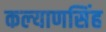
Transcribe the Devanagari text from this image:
कल्‍याणसिंह